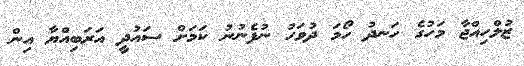
ޒުލްހިއްޖާ މަހުގެ ހަނދު ހޯމަ ދުވަހު ނުފެނުނު ކަމަށް ސައުދީ އަރަބިއްޔާ އިން